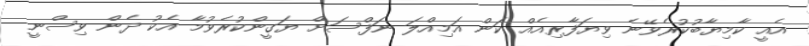
އެއީ ކާމިޔާބުކުރެވޭނެ ވިޔަފާރިއެއް ކަން އަމިއްލަ ނަފްސަށް ޔަގީންކުރެވުމާ އެކު ދެން ވިސްނީ